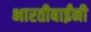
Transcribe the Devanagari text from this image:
भारतीबाईंनी